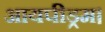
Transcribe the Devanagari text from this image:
आयपीड्रम।